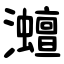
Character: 灗